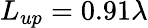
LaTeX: L_{up}=0.91\lambda